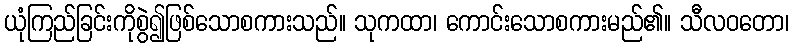
ယုံကြည်ခြင်းကိုစွဲ၍ဖြစ်သောစကားသည်။ သုကထာ၊ ကောင်းသောစကားမည်၏။ သီလဝတော၊